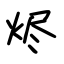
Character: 烬